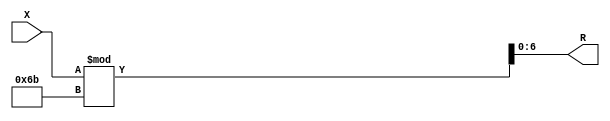
module x_200_mod_107_reg(
    input [200:1] X,
    output [7:1] R
    );


assign R = X % 107;

endmodule